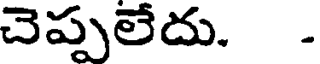
చెప్పలేదు. .